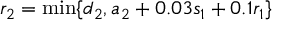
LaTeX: r _ { 2 } = \operatorname* { m i n } \{ d _ { 2 } , a _ { 2 } + 0 . 0 3 s _ { 1 } + 0 . 1 r _ { 1 } \}